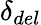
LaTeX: \delta_{del}